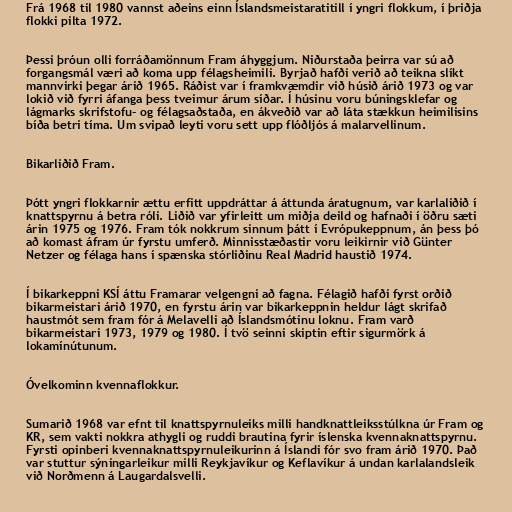
Frá 1968 til 1980 vannst aðeins einn Íslandsmeistaratitill í yngri flokkum, í þriðja
flokki pilta 1972.

Þessi þróun olli forráðamönnum Fram áhyggjum. Niðurstaða þeirra var sú að
forgangsmál væri að koma upp félagsheimili. Byrjað hafði verið að teikna slíkt
mannvirki þegar árið 1965. Ráðist var í framkvæmdir við húsið árið 1973 og var
lokið við fyrri áfanga þess tveimur árum síðar. Í húsinu voru búningsklefar og
lágmarks skrifstofu- og félagsaðstaða, en ákveðið var að láta stækkun heimilisins
bíða betri tíma. Um svipað leyti voru sett upp flóðljós á malarvellinum.

Bikarliðið Fram.

Þótt yngri flokkarnir ættu erfitt uppdráttar á áttunda áratugnum, var karlaliðið í
knattspyrnu á betra róli. Liðið var yfirleitt um miðja deild og hafnaði í öðru sæti
árin 1975 og 1976. Fram tók nokkrum sinnum þátt í Evrópukeppnum, án þess þó
að komast áfram úr fyrstu umferð. Minnisstæðastir voru leikirnir við Günter
Netzer og félaga hans í spænska stórliðinu Real Madrid haustið 1974.

Í bikarkeppni KSÍ áttu Framarar velgengni að fagna. Félagið hafði fyrst orðið
bikarmeistari árið 1970, en fyrstu árin var bikarkeppnin heldur lágt skrifað
haustmót sem fram fór á Melavelli að Íslandsmótinu loknu. Fram varð
bikarmeistari 1973, 1979 og 1980. Í tvö seinni skiptin eftir sigurmörk á
lokamínútunum.

Óvelkominn kvennaflokkur.

Sumarið 1968 var efnt til knattspyrnuleiks milli handknattleiksstúlkna úr Fram og
KR, sem vakti nokkra athygli og ruddi brautina fyrir íslenska kvennaknattspyrnu.
Fyrsti opinberi kvennaknattspyrnuleikurinn á Íslandi fór svo fram árið 1970. Það
var stuttur sýningarleikur milli Reykjavíkur og Keflavíkur á undan karlalandsleik
við Norðmenn á Laugardalsvelli.